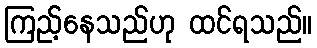
ကြည့်နေသည်ဟု ထင်ရသည်။